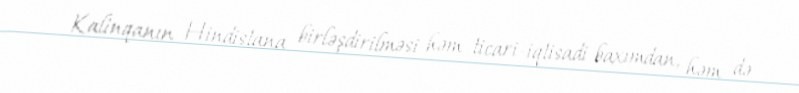
Kalinqanın Hindistana birləşdirilməsi həm ticari-iqtisadi baxımdan, həm də